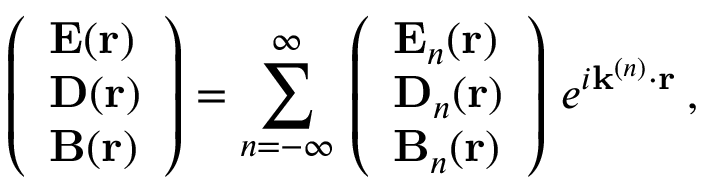
\left( \begin{array} { l } { { \bf E } ( { \bf r } ) } \\ { { \bf D } ( { \bf r } ) } \\ { { \bf B } ( { \bf r } ) } \end{array} \right) = \sum _ { n = - \infty } ^ { \infty } \, \left( \begin{array} { l } { { \bf E } _ { n } ( { \bf r } ) } \\ { { \bf D } _ { n } ( { \bf r } ) } \\ { { \bf B } _ { n } ( { \bf r } ) } \end{array} \right) \, e ^ { i { \bf k } ^ { ( n ) } \cdot { \bf r } } \: ,